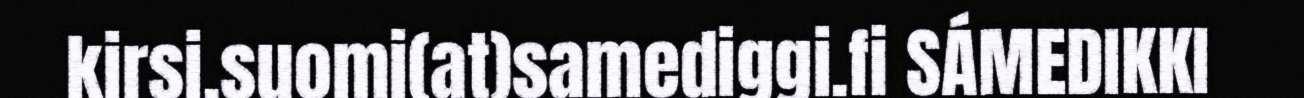
kirsi.suomi(at)samediggi.fi SÁMEDIKKI